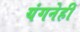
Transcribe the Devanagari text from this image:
यंगनेही